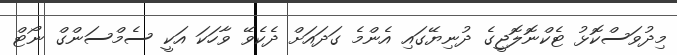
މިދުވަސްކޮޅު ޓެކްނޮލޮޖީގެ ދުނިޔޭގައި އެންމެ ގަދައަށް ދެކެވޭ ވާހަކަ އަކީ ސެމްސަންގް ނޯޓް